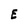
Character: E